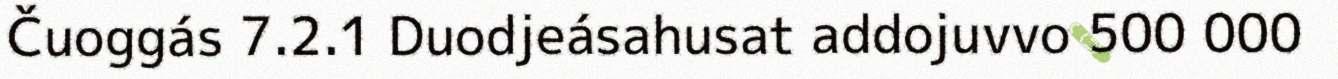
Čuoggás 7.2.1 Duodjeásahusat addojuvvo 500 000